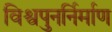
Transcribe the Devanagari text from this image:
विश्वपुनर्निर्माण